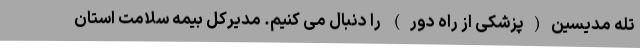
تله مدیسین(پزشکی از راه دور) را دنبال می کنیم. مدیرکل بیمه سلامت استان